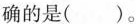
确的是( )。